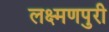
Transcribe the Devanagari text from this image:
लक्ष्मणपुरी